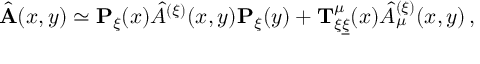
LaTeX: \hat { \bf A } ( x , y ) \simeq { \bf P } _ { \xi } ( x ) \hat { A } ^ { ( \xi ) } ( x , y ) { \bf P } _ { \xi } ( y ) + { \bf T } _ { \xi \underline { { { \xi } } } } ^ { \mu } ( x ) \hat { A } _ { \mu } ^ { ( \xi ) } ( x , y ) \, ,